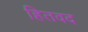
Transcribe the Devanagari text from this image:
हितवद